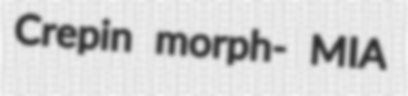
Crepin morph- MIA